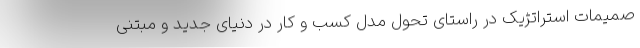
صمیمات استراتژیک در راستای تحول مدل کسب و کار در دنیای جدید و مبتنی